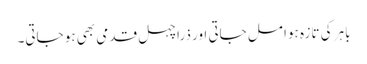
باہر کی تازہ ہوا مل جاتی اور ذرا چہل قدمی بھی ہو جاتی۔